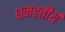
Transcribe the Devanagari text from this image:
धनदतीर्थ